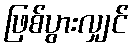
ဖြစ်ပွားလျှင်